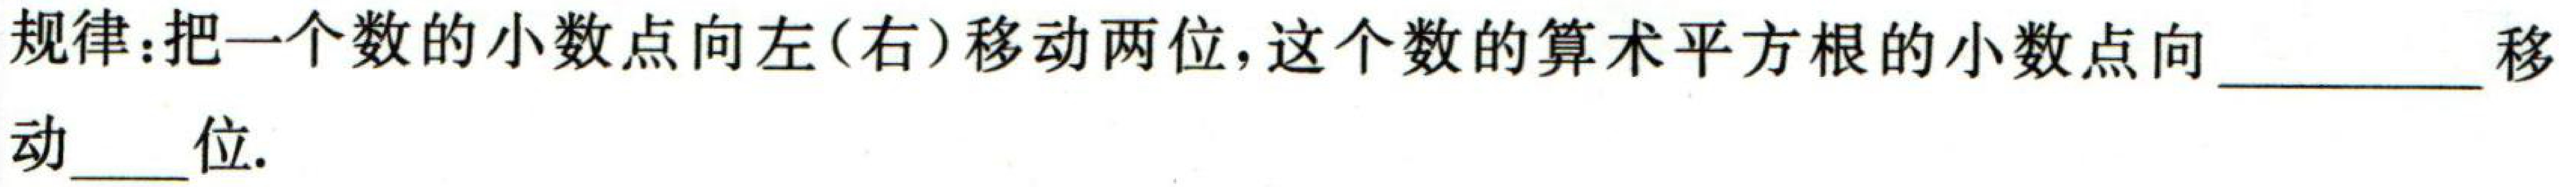
规律:把一个数的小数点向左(右)移动两位,这个数的算术平方根的小数点向\underline{\qquad}移\underline{\qquad}动\underline{\qquad}位.